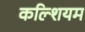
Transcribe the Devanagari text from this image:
कल्शियम